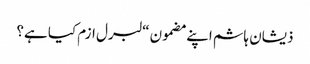
ذیشان ہاشم اپنے مضمون “لبرل ازم کیا ہے؟